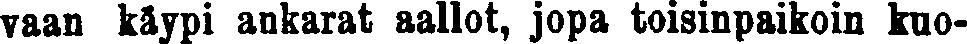
vaan käypi ankarat aallot, jopa toisinpaikoin kuo-